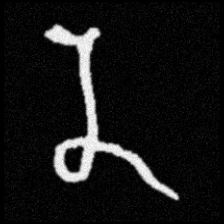
Pyu character \u2014 Myanmar letter: န (romanized: na)